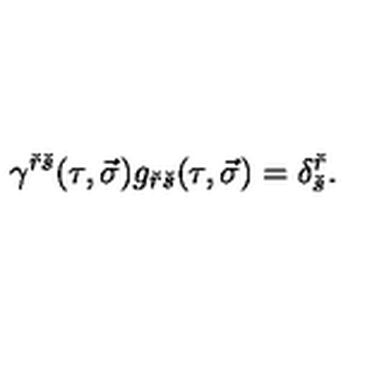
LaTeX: \gamma ^ { \check { r } \check { s } } ( \tau , \vec { \sigma } ) g _ { \check { r } \check { s } } ( \tau , \vec { \sigma } ) = \delta _ { \check { s } } ^ { \check { r } } .